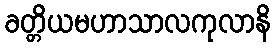
ခတ္တိယမဟာသာလကုလာနိ